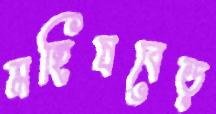
মহিষবেড়